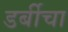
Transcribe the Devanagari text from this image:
डर्बीचा